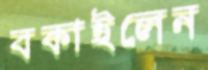
বকাইলেন